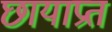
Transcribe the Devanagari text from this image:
छायाप्रत